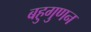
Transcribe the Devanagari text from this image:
बहुगुणन